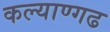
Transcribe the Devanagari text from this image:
कल्याण्गढ